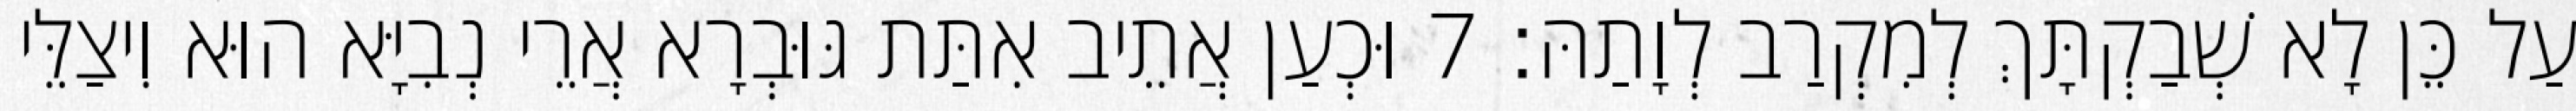
עַל כֵּן לָא שְׁבַקְתָּךְ לְמִקְרַב לְוָתַהּ׃ 7 וּכְעַן אֲתֵיב אִתַּת גּוּבְרָא אֲרֵי נְבִיָּא הוּא וִיצַלֵּי